Report of the Indian Hemp Drugs Commission, 1894-1895 - Volume II
Year: 1894
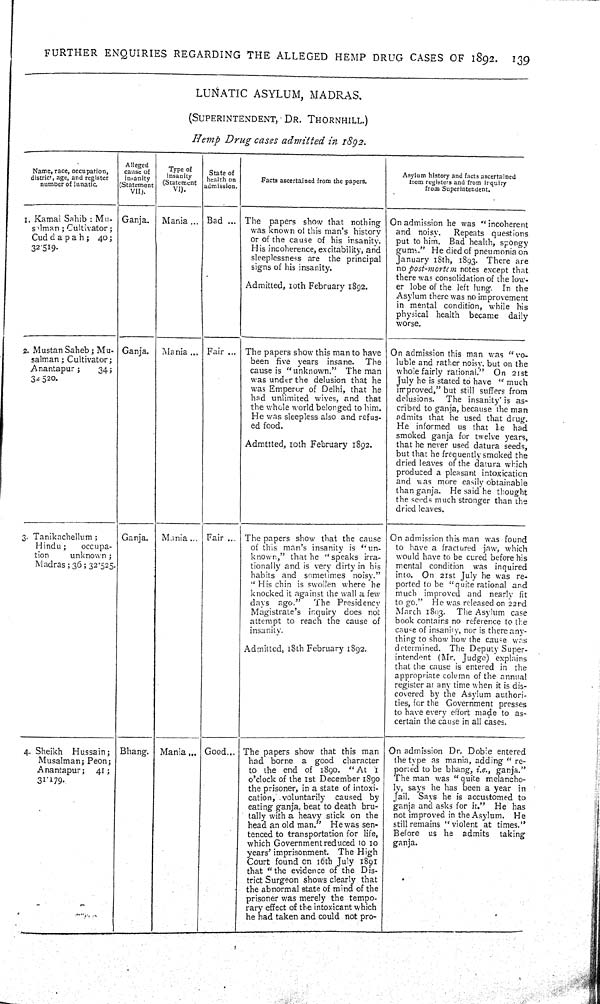
FURTHER
ENQUIRIES
REGARDING THE
ALLEGED
HEMP
DRUG CASES OF
1892.
139
LUNATIC ASYLUM,
MADRAS,
(SUPERINTENDENT,
DR.
THORNHILL.)
Hemp
Drug
cases admitted
in 1892.
Name, race, occupation,
district, age, and register
number of lunatic.
Alleged
cause of
insanity
Statement
VII).
Type of
insanity
(Statement
VI).
State of
health on
admission.
Facts ascertained from the papers.
Asylum history and facts ascertained
iron) registers and from inquiry
from Superintendent.
1. Kamal Sahib: Mu-
salman; Cultivator;
Cuddapah;
40;
32.519.
Ganja.
Mania
Bad
The papers show that nothing
was known of this man's history
or of the cause of his insanity.
His incoherence, excitability, and
sleeplessness are the principal
signs of his insanity.
Admitted, 10th February 1892.
On admission he was "incoherent
and noisy.
Repeats questions
put to him. Bad health, spongy
gums." He died of pneumonia on
January 18th, 1893. There are
no post-mortem notes except that
there was consolidation of the low-
er lobe of the left lung.
In the
Asylum there was no improvement
in mental condition, while his
physical health became
daily
worse.
2. Mustan Saheb; Mu-
salman; Cultivator;
Anantapur;
34;
32.520.
Ganja.
Mania
Fair
The papers show this man to have
been five years insane.
The
cause is "unknown." The man
was under the delusion that he
was Emperor of Delhi, that he
had unlimited wives, and that
the whole world belonged to him.
He was sleepless also and refus-
ed food.
Admttted, 10th February 1892.
On admission this man was "vo-
luble and rather noisy, but on the
whole fairly rational." On 21st
July he is stated to have
"much
improved," but still suffers from
delusions.
The insanity is as-
cribed to ganja, because the man
admits that he used that drug.
He informed us that he had
smoked ganja for twelve years,
that he never used datura seeds,
but that he frequently smoked the
dried leaves of the datura which
produced a pleasant intoxication
and was more easily obtainable
than ganja. He said he thought
the seeds much stronger than the
dried leaves.
3. Tanikachellum;
Hindu;
occupa-
tion
unknown;
Madras; 36; 32.525.
Ganja.
Mania
Fair
The papers show that the cause
of this man's insanity is "un-
known," that he "speaks irra-
tionally and is very dirty in his
habits and sometimes noisy."
"His chin is swollen where he
knocked it against the wall a few
days
ago."
The Presidency
Magistrate's inquiry does not
attempt to reach the cause of
insanity.
Admitted, 18th February 1892.
On admission this man was found
to have a fractured jaw, which
would have to be cured before his
mental condition
was inquired
into. On 21st July he was re-
ported to be "quite rational and
much improved and nearly fit
to go." He was released on 22nd
March 1893.
The Asylum case
book contains no reference to the
cause of insanity, nor is there any-
thing to show how the cause was
determined. The Deputy Super-
intendent (Mr. Judge) explains
that the cause is entered in the
appropriate column of the annual
register at any time when it is dis-
covered by the Asylum authori-
ties, for the Government presses
to have every effort made to as-
certain the cause in all cases.
4. Sheikh
Hussain;
Musalman; Peon;
Anantapur;
41;
31.179.
Bhang.
Mania
Good
The papers show that this man
had borne a good
character
to the end of 1890. "At
I
o'clock of the 1st December 1890
the prisoner, in a state of intoxi-
cation, voluntarily
caused by
eating ganja, beat to death bru-
tally with a heavy stick on the
head an old man." He was sen-
tenced to transportation for life,
which Government reduced to 10
years' imprisonment. The High
Court found on 16th July 1891
that "the evidence of the Dis-
trict Surgeon shows clearly that
the abnormal state of mind of the
prisoner was merely the tempo-
rary effect of the intoxicant which
he had taken and could not pro-
On admission Dr. Dobie entered
the type as mania, adding "re-
ported to be bhang, i.e., ganja."
The man was "quite melancho-
ly, says he has been a year in
Jail. Says he is accustomed to
ganja and asks for it." He has
not improved in the Asylum.
He
still remains "violent at times."
Before
us he
admits
taking
ganja.